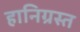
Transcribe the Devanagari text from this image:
हानिग्रस्त